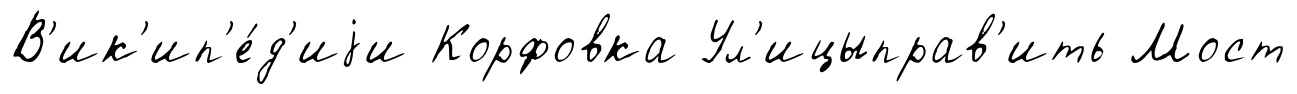
В'ик'ип'е́д'иjи Корфовка Ул'ицыправ'ить Мост